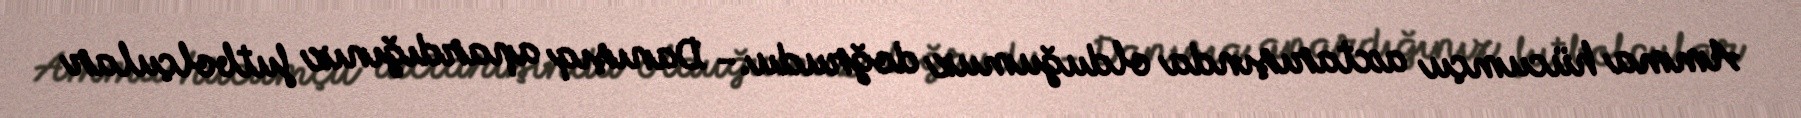
Amma hücumçu axtarışında olduğumuz doğrudu.- Danışıq apardığınız futbolçular